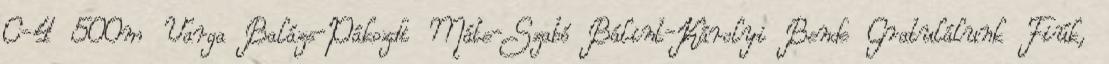
C-4 500m Varga Balázs-Pákozdi Máte-Szabó Bálint-Károlyi Bende Gratulálunk Fiúk,